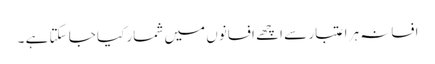
افسانہ ہر اعتبار سے اچھے افسانوں میں شمار کیا جا سکتا ہے ۔